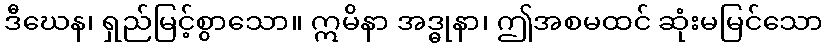
ဒီဃေန၊ ရှည်မြင့်စွာသော။ ဣမိနာ အဒ္ဓုနာ၊ ဤအစမထင် ဆုံးမမြင်သော